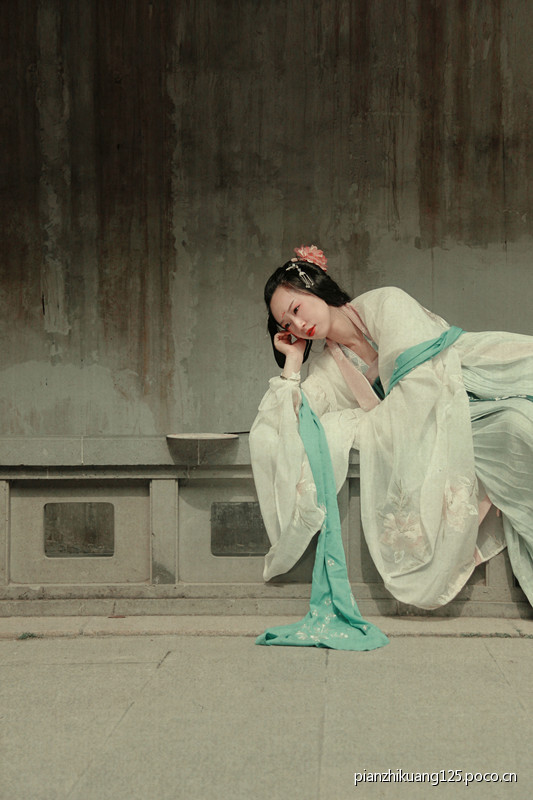
揉蓝衫子杏黄裙，独倚玉阑无语点檀唇。